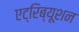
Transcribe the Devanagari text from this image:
एट्रिब्यूशन